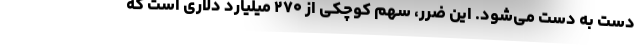
دست به دست می‌شود. این ضرر، سهم کوچکی از ۲۷۰ میلیارد دلاری است که